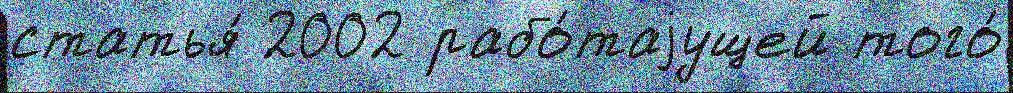
статья́ 2002 рабо́таjущей того́